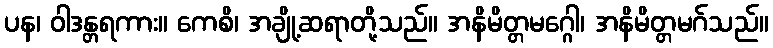
ပန၊ ဝါဒန္တရကား။ ကေစိ၊ အချို့ဆရာတို့သည်။ အနိမိတ္တမဂ္ဂေါ၊ အနိမိတ္တမဂ်သည်။